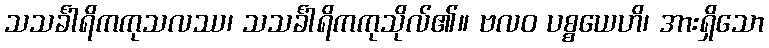
သသင်္ခါရိကကုသလဿ၊ သသင်္ခါရိကကုသိုလ်၏။ ဗလဝ ပစ္စယေဟိ၊ အားရှိသော